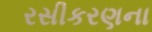
રસીકરણના